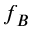
f _ { B }